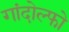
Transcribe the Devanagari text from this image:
गांदोल्फो